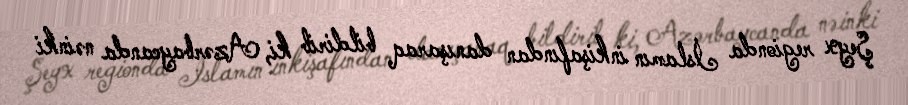
Şeyx regionda İslamın inkişafından danışaraq bildirib ki, Azərbaycanda nəinki